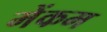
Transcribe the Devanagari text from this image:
मेंकम